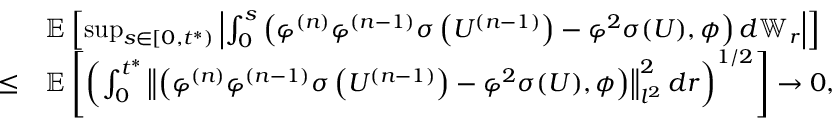
\begin{array} { r l } & { \mathbb { E } \left[ \operatorname* { s u p } _ { s \in \left[ 0 , t ^ { * } \right) } \left| \int _ { 0 } ^ { s } \left( \varphi ^ { ( n ) } \varphi ^ { ( n - 1 ) } \sigma \left( U ^ { ( n - 1 ) } \right) - \varphi ^ { 2 } \sigma ( U ) , \phi \right) d \mathbb { W } _ { r } \right| \right] } \\ { \leq } & { \mathbb { E } \left[ \left( \int _ { 0 } ^ { t ^ { * } } \left\| \left( \varphi ^ { ( n ) } \varphi ^ { ( n - 1 ) } \sigma \left( U ^ { ( n - 1 ) } \right) - \varphi ^ { 2 } \sigma ( U ) , \phi \right) \right\| _ { l ^ { 2 } } ^ { 2 } d r \right) ^ { 1 / 2 } \right] \to 0 , } \end{array}